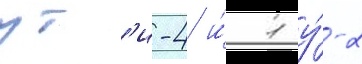
ут'и-4 и́ 1 у́-2